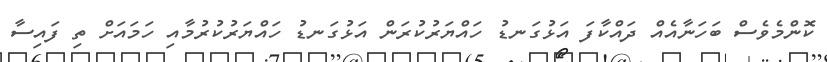
ކޮންމެވެސް ބަހަނާއެއް ދައްކާފަ އަޅުގަނޑު ހައްޔަރުކުރަން އަޅުގަނޑު ހައްޔަރުކުރުމާއި ހަމައަށް ތި ފައިސާ